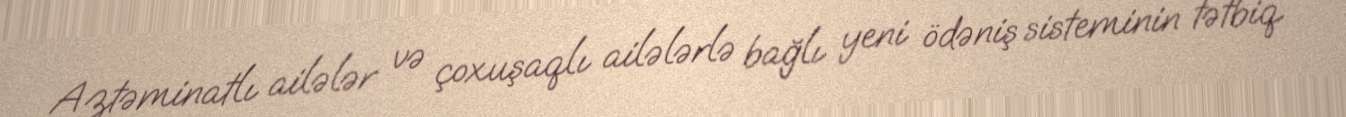
Aztəminatlı ailələr və çoxuşaqlı ailələrlə bağlı yeni ödəniş sisteminin tətbiq